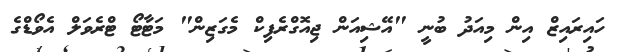
ހައިރައިޒް އިން މިއަދު ބުނީ "އޭޝިއަން ޖިއޮގްރެފިކް މެގަޒިން" މަޓާޓޯ ޓްރެވަލް އެވޯޑްގެ